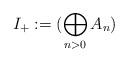
LaTeX: \begin{align*}I_+ := (\bigoplus_{n>0} A_n)\end{align*}